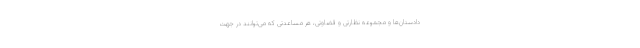
دادستان‌ها و مجموعه نظارتی و قضاوتی، هر مساعدتی که می‌توانند در جهت